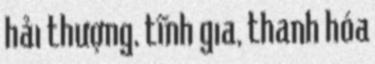
hải thượng, tĩnh gia, thanh hóa